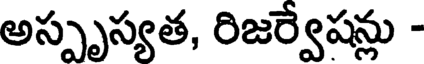
అస్పృస్యత, రిజర్వేషన్లు -